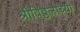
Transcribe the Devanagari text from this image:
श्रीविठ्ठलाच्या